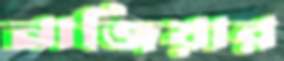
নাজিয়ার